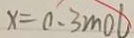
x = 0 . 3 m o l